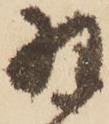
羽